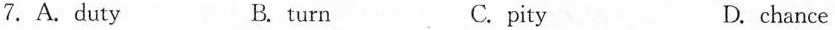
7.A.Duty B.turn C.pity D.chance